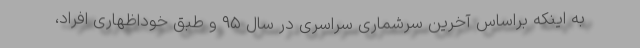
به اینکه براساس آخرین سرشماری سراسری در سال ۹۵ و طبق خوداظهاری افراد،